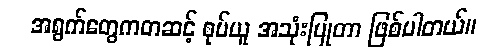
အရွက်တွေကတဆင့် စုပ်ယူ အသုံးပြုတာ ဖြစ်ပါတယ်။